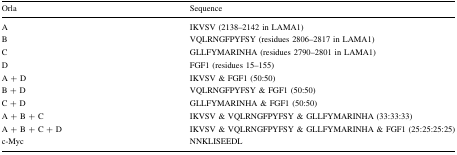
| Orla | Sequence |
 | --- | --- |
 | A | IKVSV (2138–2142 in LAMA1) |
 | B | VQLRNGFPYFSY (residues 2806–2817 in LAMA1) |
 | C | GLLFYMARINHA (residues 2790–2801 in LAMA1) |
 | D | FGF1 (residues 15–155) |
 | A + D | IKVSV & FGF1 (50:50) |
 | B + D | VQLRNGFPYFSY & FGF1 (50:50) |
 | C + D | GLLFYMARINHA & FGF1 (50:50) |
 | A + B + C | IKVSV & VQLRNGFPYFSY & GLLFYMARINHA (33:33:33) |
 | A + B + C + D | IKVSV & VQLRNGFPYFSY & GLLFYMARINHA & FGF1 (25:25:25:25) |
 | c-Myc | NNKLISEEDL |